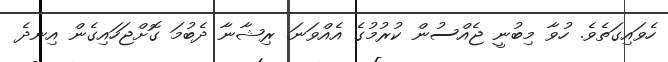
ހެވައިގަތެވެ. ހުވާ މިބުނީ ޖެއްސުން ކުރުމުގެ އެއްވަނަ. ރިޝާނާ ދެބުމަ ގޮށްޖަހައިގެން އިނދެ